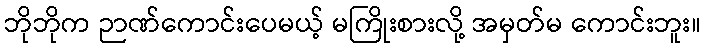
ဘိုဘိုက ဉာဏ်ကောင်းပေမယ့် မကြိုးစားလို့ အမှတ်မ ကောင်းဘူး။